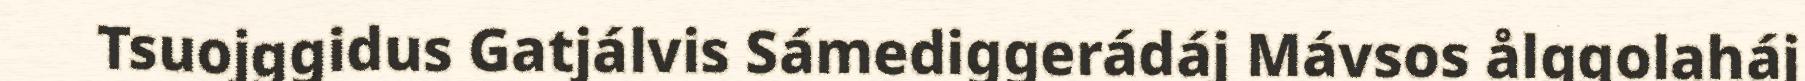
Tsuojggidus Gatjálvis Sámediggerádáj Mávsos ålggolaháj